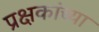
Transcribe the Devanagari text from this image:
प्रक्षकांच्या